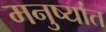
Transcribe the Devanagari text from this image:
मनुष्यांत